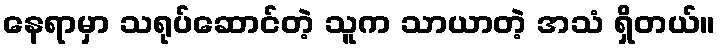
နေရာမှာ သရုပ်ဆောင်တဲ့ သူက သာယာတဲ့ အသံ ရှိတယ်။